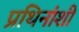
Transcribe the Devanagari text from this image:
प्रथिनांशी